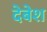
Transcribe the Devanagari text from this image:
देबेश